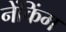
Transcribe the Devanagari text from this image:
नेंकिंग